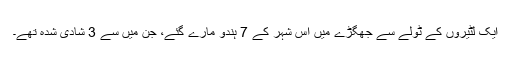
ایک لٹیروں کے ٹولے سے جھگڑے میں اس شہر کے 7 ہندو مارے گئے، جن میں سے 3 شادی شدہ تھے۔